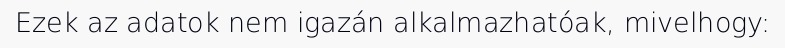
Ezek az adatok nem igazán alkalmazhatóak, mivelhogy: